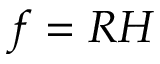
f = R H